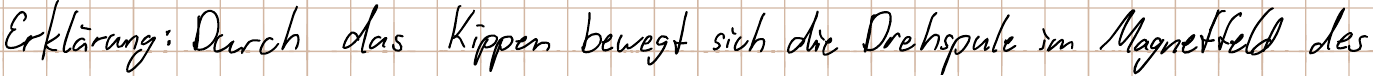
Erklärung: Durch das Kippen bewegt sich die Drehspule im Magnetfeld des